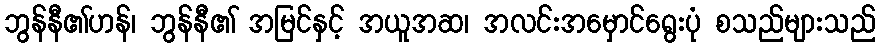
ဘွန်နီ၏ဟန်၊ ဘွန်နီ၏ အမြင်နှင့် အယူအဆ၊ အလင်းအမှောင်ရွေးပုံ စသည်များသည်